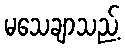
မသေချာသည့်